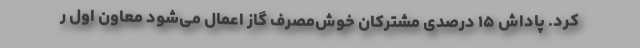
کرد. پاداش ۱۵ درصدی مشترکان خوش‌مصرف گاز اعمال می‌شود معاون اول ر